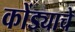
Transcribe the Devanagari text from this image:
कोंड्याचे